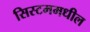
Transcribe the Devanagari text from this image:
सिस्टममधील